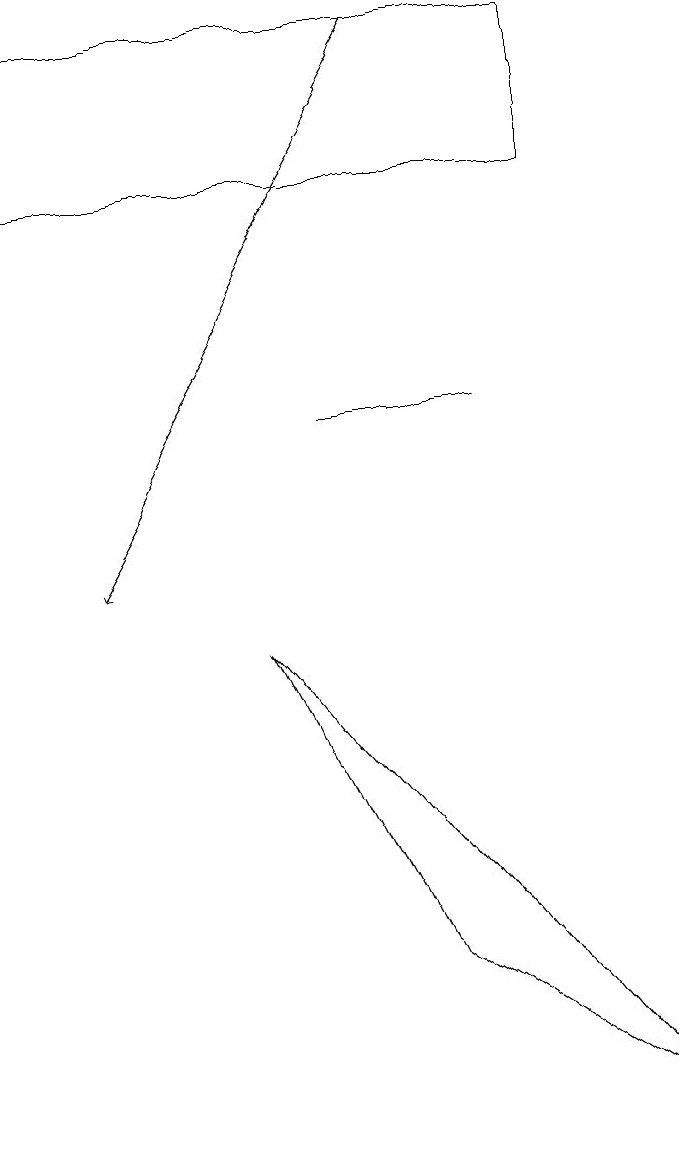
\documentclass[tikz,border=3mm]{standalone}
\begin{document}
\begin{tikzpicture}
\draw[->] (6,17) -- (2,10);
\draw (8,17) rectangle (1,15);
\draw (7,12) rectangle (5,12);
\draw (9,3) -- (6,5) -- (4,9) -- cycle;
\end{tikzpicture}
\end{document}